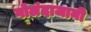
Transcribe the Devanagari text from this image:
गोलंदाजानी